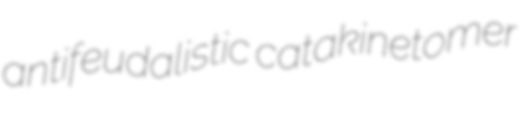
antifeudalistic catakinetomer